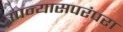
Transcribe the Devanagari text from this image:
उपन्यासपरंपरा